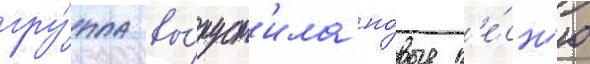
гру́ппа вы́пуст'ила но́вые п'е́сн'ю